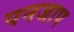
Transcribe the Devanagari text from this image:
पनजाप